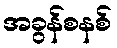
အခွန်စနစ်